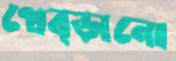
থেব্‌ড়ানো